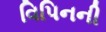
વિપિનની